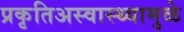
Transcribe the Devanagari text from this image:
प्रकृतिअस्वास्थ्यामुळे